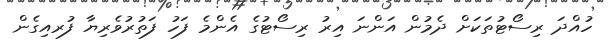
ހުއްދަ ރިސޯޓުތަކަށް ދެމުން އަންނަ އިރު ރިސޯޓުގެ އެންމެ ފަހު ފަތުރުވެރިޔާ ފުރއިގެން